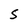
Character: S